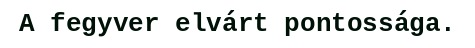
A fegyver elvárt pontossága.